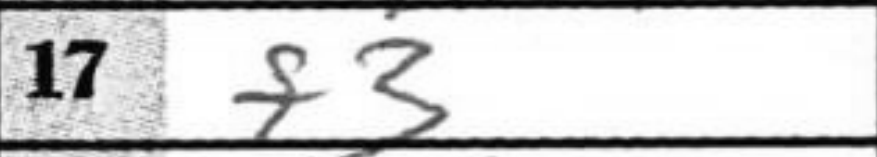
Transcription: Qxa5